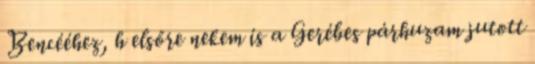
Bencééhez, h elsőre nekem is a Gerébes párhuzam jutott